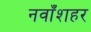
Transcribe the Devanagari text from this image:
नवाँशहर